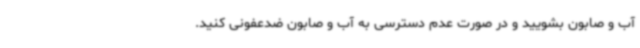
آب و صابون بشویید و در صورت عدم دسترسی به آب و صابون ضدعفونی کنید.